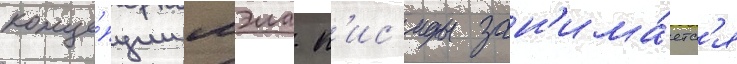
конце́пции мэла к'ис'иды зан'има́етс'я